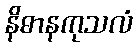
နိဓာနကုသလံ